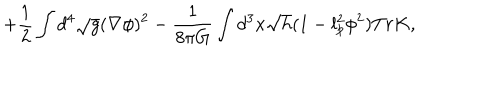
+ \frac { 1 } { 2 } \int d ^ { 4 } \sqrt { g } ( \nabla \phi ) ^ { 2 } - \frac { 1 } { 8 \pi G } \int d ^ { 3 } x \sqrt { h } ( 1 - l _ { p } ^ { 2 } \phi ^ { 2 } ) T r K ,